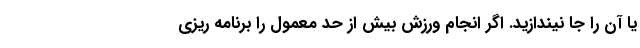
یا آن را جا نیندازید. اگر انجام ورزش بیش از حد معمول را برنامه ریزی